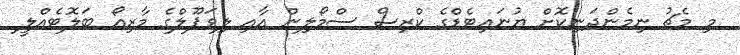
މި މެޗު ނިމެންދަނިކޮށް ޔުނައިޓެޑްގެ ކްރިސް ސްމޯލިން އާއި ލިވަޕޫލްގެ މާރިއޯ ބަލޮޓެއްލީ